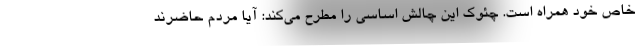
خاص خود همراه است. چئوک این چالش اساسی را مطرح می‌کند: آیا مردم حاضرند